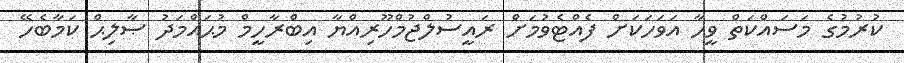
ކުރުމުގެ މަސައްކަތް ވީހާ އަވަހަކަށް ފެއްޓެވުމަށް ރައީސުލްޖުމްހޫރިއްޔާ އިބްރާހީމް މުޙައްމަދު ޞާލިޙް ކަމާބެހޭ